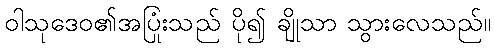
ဝါသုဒေဝ၏အပြုံးသည် ပို၍ ချိုသာ သွားလေသည်။